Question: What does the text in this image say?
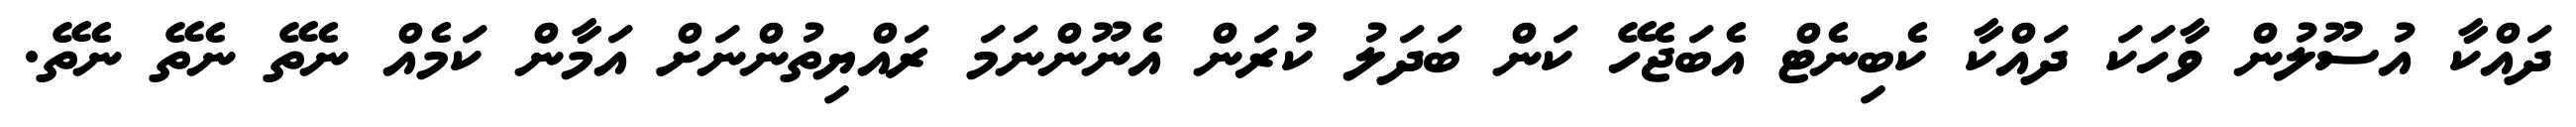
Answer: ދައްކާ އުސޫލުން ވާހަކަ ދައްކާ ކެބިނެޓް އެބަޖެހޭ ކަން ބަދަލު ކުރަން އެނޫންނަމަ ރައްޔިތުންނަށް އަމާން ކަމެއް ނެތޭ ނެތޭ ނެތޭ.